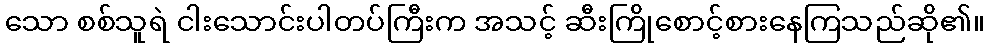
သော စစ်သူရဲ ငါးသောင်းပါတပ်ကြီးက အသင့် ဆီးကြိုစောင့်စားနေကြသည်ဆို၏။